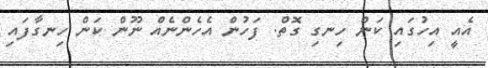
އެއީ އިހުގައި ކަން ހިނގި ގޮތް. ފަހުން އެހެންނެއް ނޫން ކަން ހިނގާފައި